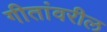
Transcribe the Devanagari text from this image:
गीतांवरील